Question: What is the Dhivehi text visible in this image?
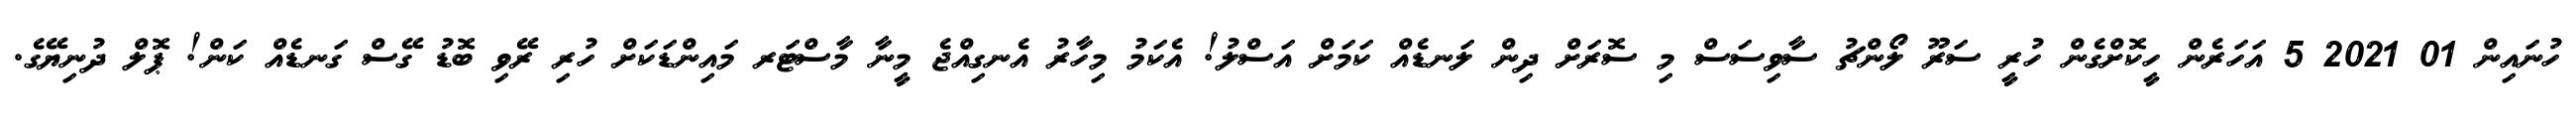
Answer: ހުނައިން 01 2021 5 އަހަރެން ހީކޮށްގެން ހުރީ ސަރޫ ލޯންޗު ސާވިސަސް މި ސޮރަށް ދިން ލަނޑެއް ކަމަށް އަސްލު! އެކަމު މިހާރު އެނގިއްޖެ މީނާ މާސްޓަރ މައިންޑަކަށް ހުރި ރޭވި ބޮޑު ގޭސް ގަނޑެއް ކަން! ޕޮލް ދުނިޔޭގެ.